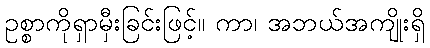
ဥစ္စာကိုရှာမှီးခြင်းဖြင့်။ ကာ၊ အဘယ်အကျိုးရှိ